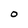
Character: O